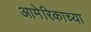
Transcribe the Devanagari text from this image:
आमेरिकाच्या